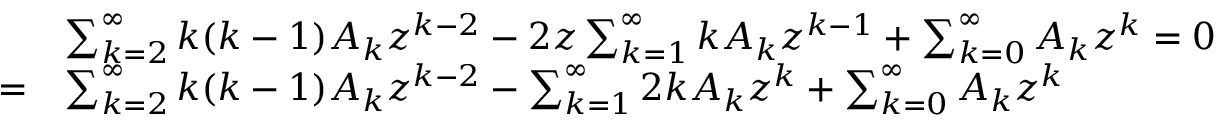
{ \begin{array} { r l } & { \sum _ { k = 2 } ^ { \infty } k ( k - 1 ) A _ { k } z ^ { k - 2 } - 2 z \sum _ { k = 1 } ^ { \infty } k A _ { k } z ^ { k - 1 } + \sum _ { k = 0 } ^ { \infty } A _ { k } z ^ { k } = 0 } \\ { = } & { \sum _ { k = 2 } ^ { \infty } k ( k - 1 ) A _ { k } z ^ { k - 2 } - \sum _ { k = 1 } ^ { \infty } 2 k A _ { k } z ^ { k } + \sum _ { k = 0 } ^ { \infty } A _ { k } z ^ { k } } \end{array} }